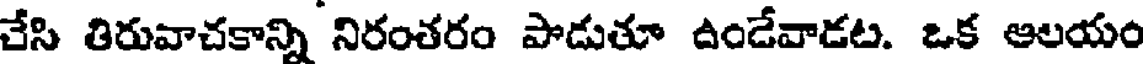
చేసి తిరువాచకాన్ని నిరంతరం పాడుతూ ఉండేవాడట. ఒక ఆలయం